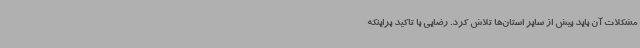
مشکلات آن باید بیش از سایر استان‌ها تلاش کرد. رضایی با تاکید براینکه